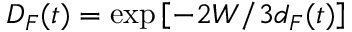
D _ { F } ( t ) = \exp \left[ - 2 W / 3 d _ { F } ( t ) \right]